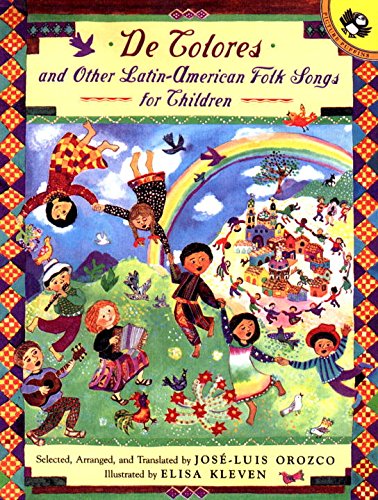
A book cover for De Colores and Other Latin American Folksongs for Children (Anthology) (Spanish Edition); Jose-Luis Orozco; Children's Books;